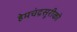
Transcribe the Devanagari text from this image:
हेमचंद्रसूरीको